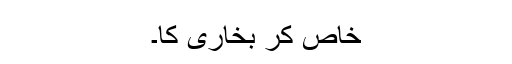
خاص کر بخاری کا۔